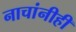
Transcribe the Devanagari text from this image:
नाचांनीही